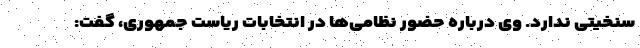
سنخیتی ندارد. وی درباره حضور نظامی‌ها در انتخابات ریاست جمهوری، گفت: